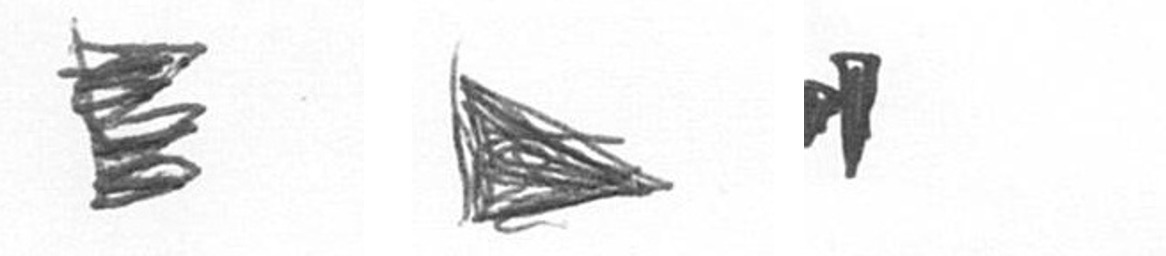
H T M